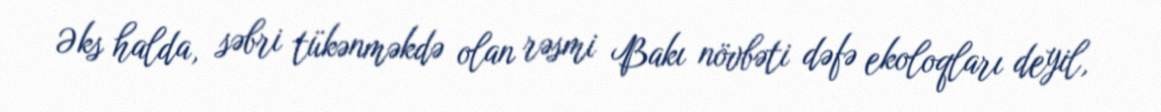
Əks halda, səbri tükənməkdə olan rəsmi Bakı növbəti dəfə ekoloqları deyil,